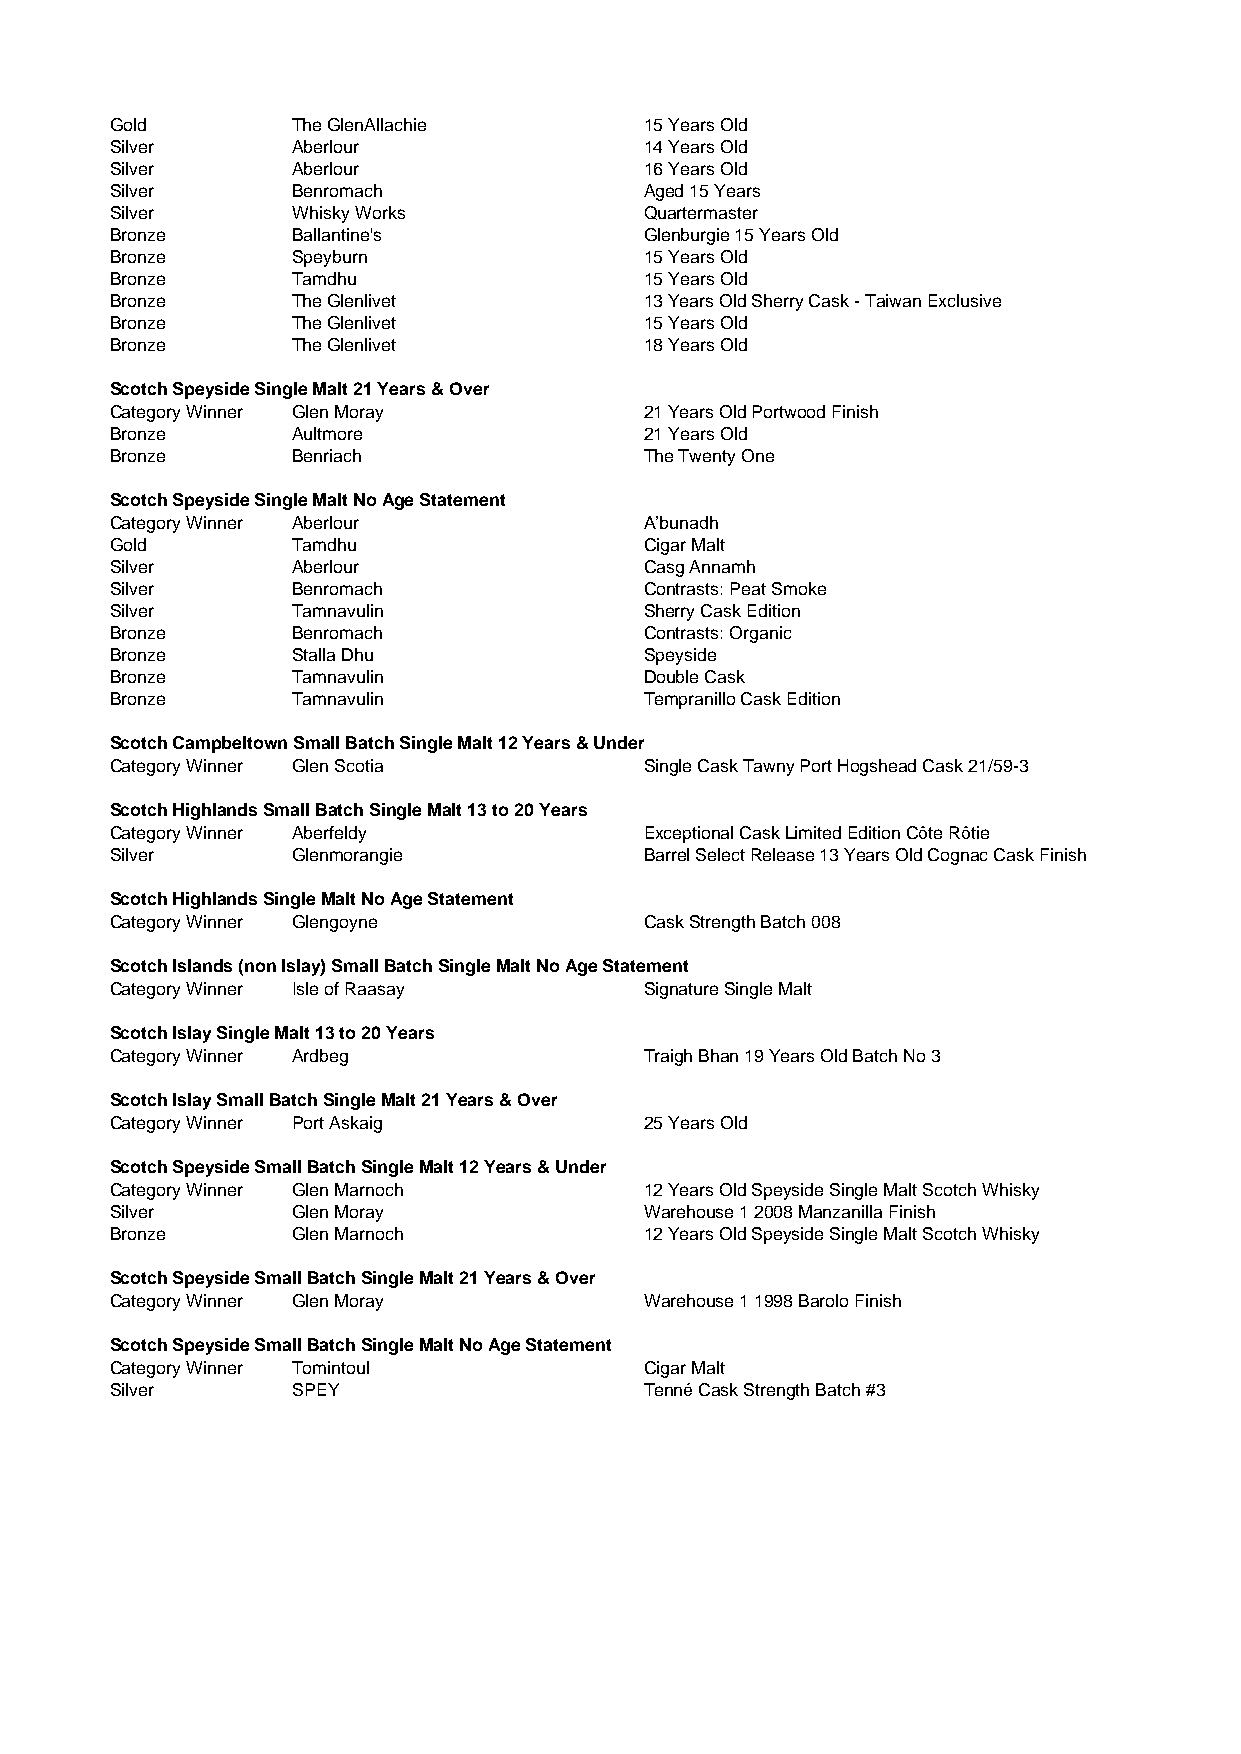
Gold        The GlenAllachie        15 Years Old
 Silver      Aberlour                14 Years Old
 Silver      Aberlour                16 Years Old
 Silver      Benromach               Aged 15 Years
 Silver      Whisky Works            Quartermaster
 Bronze      Ballantine's            Glenburgie 15 Years Old
 Bronze      Speyburn                15 Years Old
 Bronze      Tamdhu                  15 Years Old
 Bronze      The Glenlivet           13 Years Old Sherry Cask - Taiwan Exclusive
 Bronze      The Glenlivet           15 Years Old
 Bronze      The Glenlivet           18 Years Old
 Scotch Speyside Single Malt 21 Years & Over
 Category Winner Glen Moray          21 Years Old Portwood Finish
 Bronze      Aultmore                21 Years Old
 Bronze      Benriach                The Twenty One
 Scotch Speyside Single Malt No Age Statement
 Category Winner Aberlour            A’bunadh
 Gold        Tamdhu                  Cigar Malt
 Silver      Aberlour                Casg Annamh
 Silver      Benromach               Contrasts: Peat Smoke
 Silver      Tamnavulin              Sherry Cask Edition
 Bronze      Benromach               Contrasts: Organic
 Bronze      Stalla Dhu              Speyside
 Bronze      Tamnavulin              Double Cask
 Bronze      Tamnavulin              Tempranillo Cask Edition
 Scotch Campbeltown Small Batch Single Malt 12 Years & Under
 Category Winner Glen Scotia         Single Cask Tawny Port Hogshead Cask 21/59-3
 Scotch Highlands Small Batch Single Malt 13 to 20 Years
 Category Winner Aberfeldy           Exceptional Cask Limited Edition Côte Rôtie
 Silver      Glenmorangie            Barrel Select Release 13 Years Old Cognac Cask Finish
 Scotch Highlands Single Malt No Age Statement
 Category Winner Glengoyne           Cask Strength Batch 008
 Scotch Islands (non Islay) Small Batch Single Malt No Age Statement
 Category Winner Isle of Raasay      Signature Single Malt
 Scotch Islay Single Malt 13 to 20 Years
 Category Winner Ardbeg              Traigh Bhan 19 Years Old Batch No 3
 Scotch Islay Small Batch Single Malt 21 Years & Over
 Category Winner Port Askaig         25 Years Old
 Scotch Speyside Small Batch Single Malt 12 Years & Under
 Category Winner Glen Marnoch        12 Years Old Speyside Single Malt Scotch Whisky
 Silver      Glen Moray              Warehouse 1 2008 Manzanilla Finish
 Bronze      Glen Marnoch            12 Years Old Speyside Single Malt Scotch Whisky
 Scotch Speyside Small Batch Single Malt 21 Years & Over
 Category Winner Glen Moray          Warehouse 1 1998 Barolo Finish
 Scotch Speyside Small Batch Single Malt No Age Statement
 Category Winner Tomintoul           Cigar Malt
 Silver      SPEY                    Tenné Cask Strength Batch #3